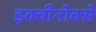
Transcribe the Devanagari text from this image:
इक्वीनोक्से